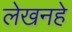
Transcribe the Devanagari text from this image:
लेखनहे